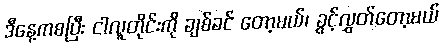
ဒီနေ့ကစပြီး ငါလူတိုင်းကို ချစ်ခင် တော့မယ်၊ ခွင့်လွှတ်တော့မယ်